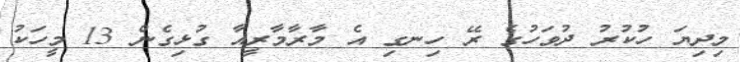
މިދިޔަ ހުކުރު ދުވަހުގެ ރޭ ހިނގި އެ މާރާމާރީއާ ގުޅިގެން 13 މީހަކު